Indian Civil Veterinary Department memoirs
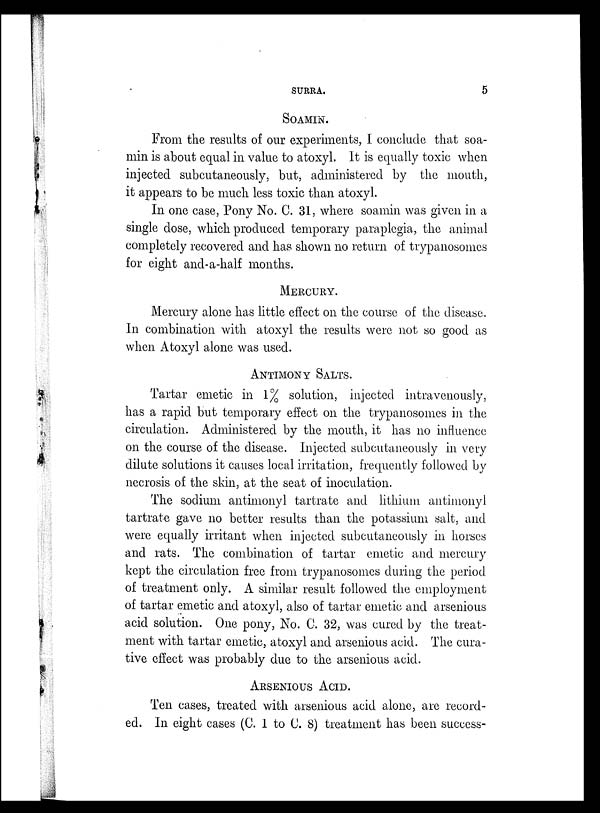
SURRA.
5
SOAMIN.
From the results of our experiments, I conclude that soa-
min is about equal in value to atoxyl. It is equally toxic when
injected subcutaneously, but, administered by the mouth,
it appears to be much less toxic than atoxyl.
In one case, Pony No. C. 31, where soamin was given in a
single dose, which produced temporary paraplegia, the animal
completely recovered and has shown no return of trypanosomes
for eight and-a-half months.
MERCURY.
Mercury alone has little effect on the course of the disease.
In combination with atoxyl the results were not so good as
when Atoxyl alone was used.
ANTIMONY SALTS.
Tartar emetic in 1% solution, injected intravenously,
has a rapid but temporary effect on the trypanosomes in the
circulation. Administered by the mouth, it has no influence
on the course of the disease. Injected subcutaneously in very
dilute solutions it causes local irritation, frequently followed by
necrosis of the skin, at the seat of inoculation.
The sodium antimonyl tartrate and lithium antimonyl
tartrate gave no better results than the potassium salt, and
were equally irritant when injected subcutaneously in horses
and rats. The combination of tartar emetic and mercury
kept the circulation free from trypanosomes during the period
of treatment only. A similar result followed the employment
of tartar emetic and atoxyl, also of tartar emetic and arsenious
acid solution. One pony, No. C. 32, was cured by the treat-
ment with tartar emetic, atoxyl and arsenious acid. The cura-
tive effect was probably due to the arsenious acid.
ARSENIOUS ACID.
Ten cases, treated with arsenious acid alone, are record-
ed. In eight cases (C. 1 to C. 8) treatment has been success-